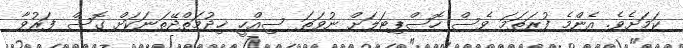
ކަމަށެވެ. އެންމެ ފުރަތަމަ ވެސް ހޮސްޕިޓަލަށް ނުވަތަ ސިއްހީ ޚިދުމަތްދޭތަނަކަށް ގޮސް ފަރުވާ